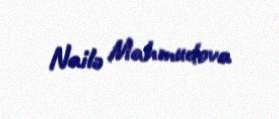
Nailə Mahmudova